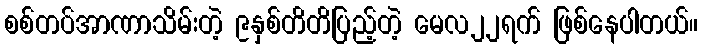
စစ်တပ်အာဏာသိမ်းတဲ့ ၉နှစ်တိတိပြည့်တဲ့ မေလ၂၂ရက် ဖြစ်နေပါတယ်။